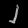
Digit: ၂